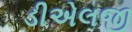
ડીએલજી